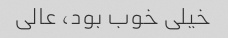
خیلی خوب بود، عالی